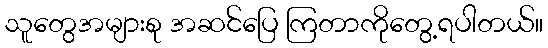
သူတွေအများစု အဆင်ပြေ ကြတာကိုတွေ့ရပါတယ်။